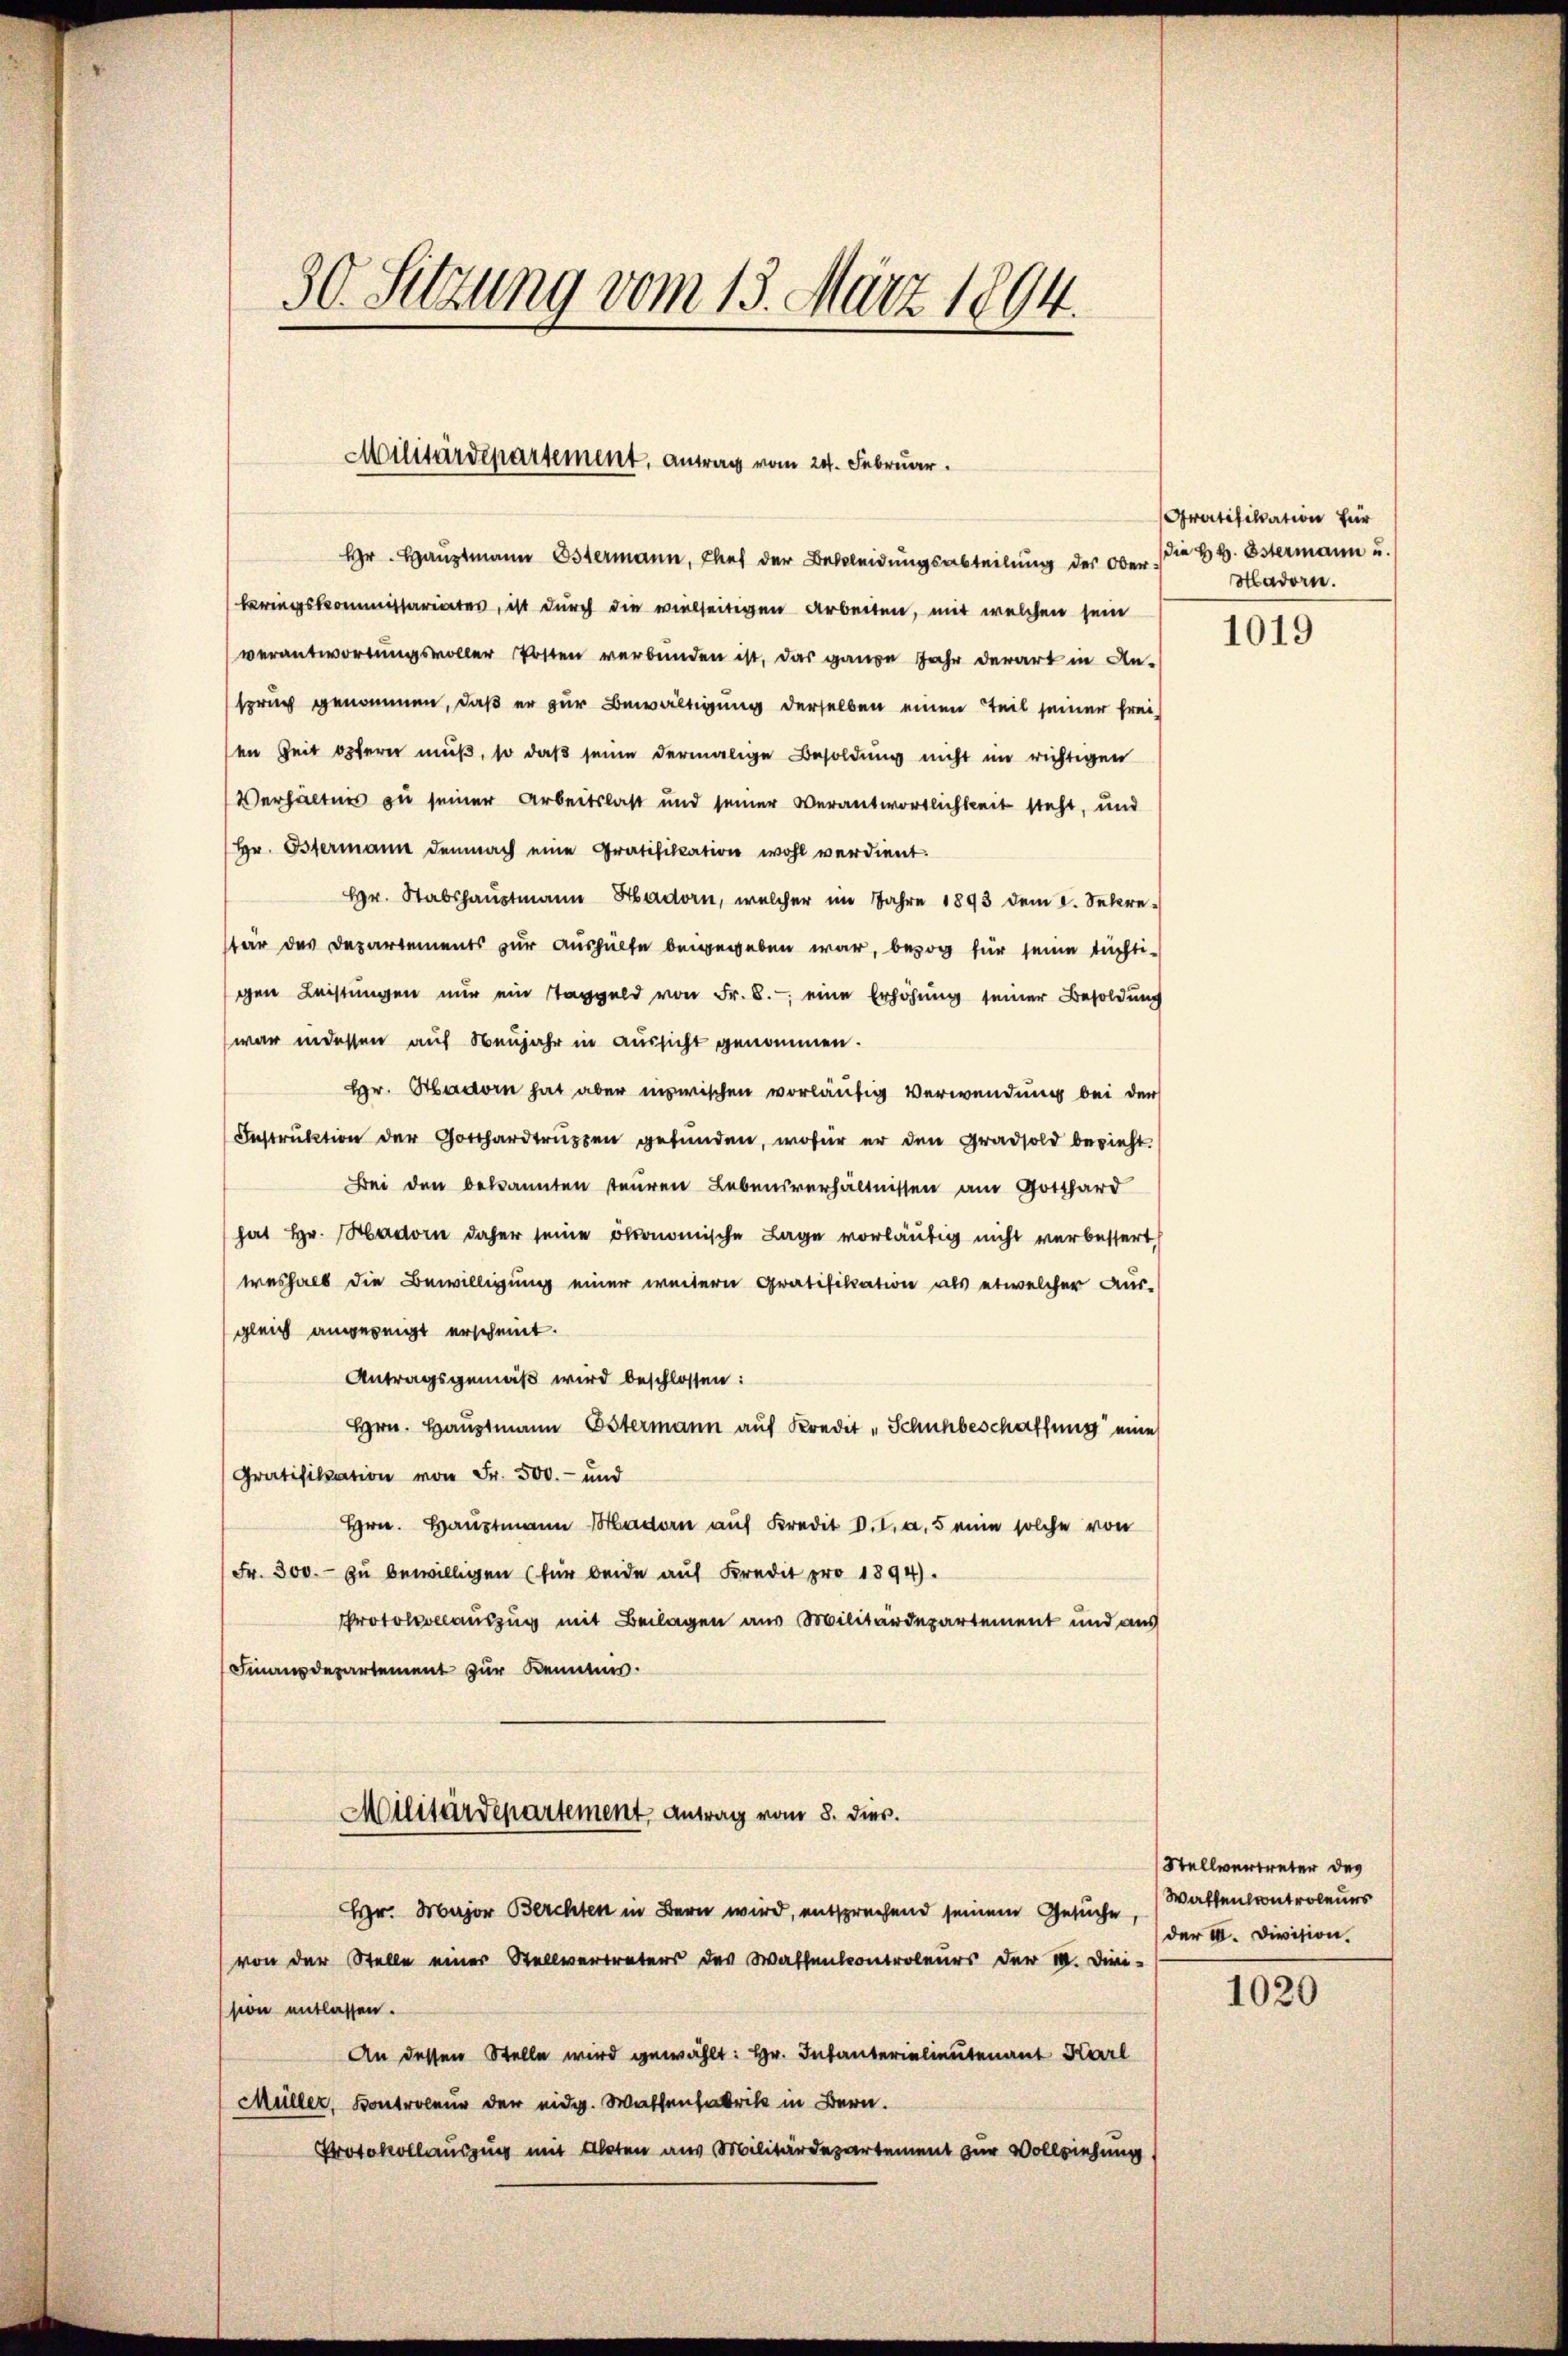
30. Sitzung vom 13. März 1894.

Militärdepartement, antrag vom 24. Februar.

Hr. Hauptmann Ostermann, Chef der Bekleidungsabteilung des Ober die Hr. Ostermann u.
kriegskommissariates, ist durch die vielseitigen Arbeiten, mit welchen sein
verantwortungsvoller Posten verbunden ist, das ganze Jahr derart in An-
spruch genommen, daß er zur Bewältigung derselben einen Teil seiner freien Zeit opfern muß, so daß seine dermalige Besoldung nicht im richtigen
Verhältnis zu seiner Arbeitslast und seiner Verantwortlichkeit steht, und
Hr. Ostermann demnach eine Gratifikation wohl verdient.
Hr. Stabshauptmann Hadorn, welcher im Jahre 1893 dem I. Sekre-
tär des Departements zur Aushülfe beigegeben war, bezog für seine tüchti-
gen Leistungen nur ein Taggeld von Fr. 8. eine Erhöhung seiner Besoldung
war indessen auf Neujahr in Aussicht genommen.
Hr. Hadorn hat aber inzwischen vorläufig Verwendung bei der
Instruktion der Gotthardtrŭppen gefŭnden, wofür er den Gradsold bezieht
Bei den bekannten teuren Lebensverhältnissen am Gotthard
hat Hr. Hadorn daher seine ökonomische Lage vorläufig nicht verbessert
weshalb die Bewilligung einer weitern Gratifikation als etwelcher Aus-
gleich angezeigt erscheint.
Antragsgemäß wird beschlossen:
Hrn. Hauptmann Ostermann auf Kredit „Schuhbeschaffung eine
Gratifikation von Fr. 500.- und
Hrn. Hauptmann Mladon auf Kredit I a 5 eine solche von
Fr. 300.- zŭ bewilligen (für beide auf Kredit pro 1894.
Protokolauszug mit Beilagen aus Militärdepartement und aus
Finanzdepartement zur Kenntnis.
Militärdepartement Antrag vom 8. dies.
Hr. Major Berchten in Bern wird, entsprechend seinem Gesuche,
von der Stelle einer Stellvertreters des Wassenkontroleurs der a. Diri-
ssion entlassen.
An dessen Stelle wird gewählt: Hr. Infanterielieutenant Karl
Müller, Kontroleur der eidg. Wassenfabrik in Bern.
Protokollausung mit Akten aus Militärdepartement zur Vollziehung

Gratifikation für
Mladorn.

1019

Stellvertreter des
Waltenkontroleurs
der III. Division.

1020